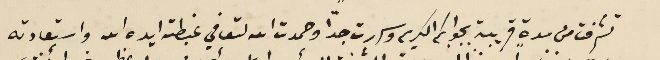
تشرفت من مدةٍ قريبة بجوابكم الكريم وسررت جدًّا وحمدت الله لتعافي غبطته ايده الله واستعادته